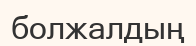
болжалдың